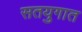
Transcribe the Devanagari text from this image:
सतयुगात